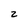
Character: z